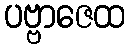
ပဗ္ဗာဇေထ